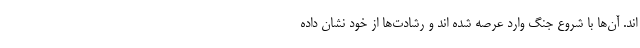
اند. آن‌ها با شروع جنگ وارد عرصه شده اند و رشادت‌ها از خود نشان داده